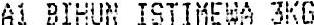
A1 BIHUN ISTIMEWA 3KG